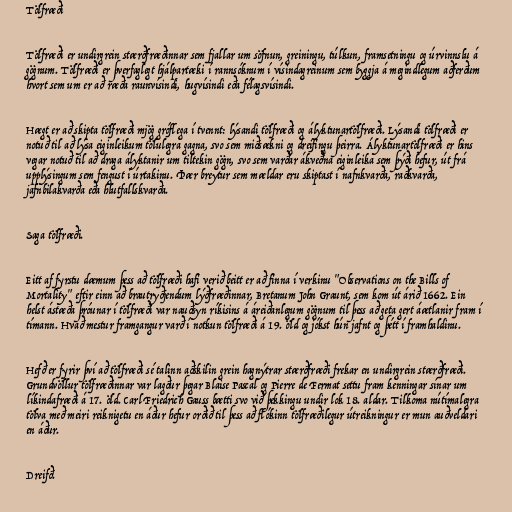
Tölfræði

Tölfræði er undirgrein stærðfræðinnar sem fjallar um söfnun, greiningu, túlkun, framsetningu og úrvinnslu á
gögnum. Tölfræði er þverfaglegt hjálpartæki í rannsóknum í vísindagreinum sem byggja á megindlegum aðferðum
hvort sem um er að ræða raunvísindi, hugvísindi eða félagsvísindi.

Hægt er að skipta tölfræði mjög gróflega í tvennt: lýsandi tölfræði og ályktunartölfræði. Lýsandi tölfræði er
notuð til að lýsa eiginleikum tölulegra gagna, svo sem miðsækni og dreifingu þeirra. Ályktunartölfræði er hins
vegar notuð til að draga ályktanir um tiltekin gögn, svo sem varðar ákveðna eiginleika sem þýði hefur, út frá
upplýsingum sem fengust í úrtakinu. Þær breytur sem mældar eru skiptast í nafnkvarða, raðkvarða,
jafnbilakvarða eða hlutfallskvarða.

Saga tölfræði.

Eitt af fyrstu dæmum þess að tölfræði hafi verið beitt er að finna í verkinu "Observations on the Bills of
Mortality" eftir einn að brautryðjendum lýðfræðinnar, Bretanum John Graunt, sem kom út árið 1662. Ein
helst ástæða þróunar í tölfræði var nauðsyn ríkisins á áreiðanlegum gögnum til þess að geta gert áætlanir fram í
tímann. Hvað mestur framgangur varð í notkun tölfræði á 19. öld og jókst hún jafnt og þétt í framhaldinu.

Hefð er fyrir því að tölfræði sé talinn aðskilin grein hagnýtrar stærðfræði frekar en undirgrein stærðfræði.
Grundvöllur tölfræðinnar var lagður þegar Blaise Pascal og Pierre de Fermat settu fram kenningar sínar um
líkindafræði á 17. öld. Carl Friedrich Gauss bætti svo við þekkingu undir lok 18. aldar. Tilkoma nútímalegra
tölva með meiri reiknigetu en áður hefur orðið til þess að flókinn tölfræðilegur útreikningur er mun auðveldari
en áður.

Dreifð.